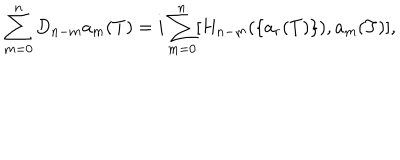
\sum _ { m = 0 } ^ { n } D _ { n - m } a _ { m } ( T ) = i \sum _ { m = 0 } ^ { n } [ H _ { n - m } ( \{ a _ { r } ( T ) \} ) , a _ { m } ( T ) ] ,